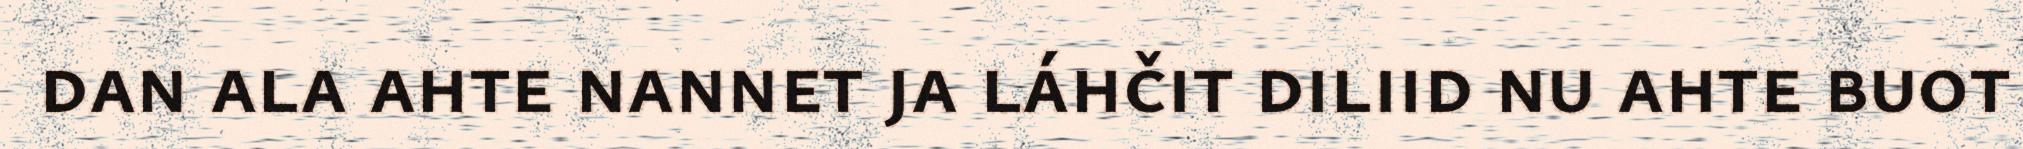
dan ala ahte nannet ja láhčit diliid nu ahte buot